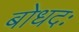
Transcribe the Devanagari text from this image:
बोधदः